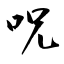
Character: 呪